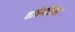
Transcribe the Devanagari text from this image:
चाचेगीरीला